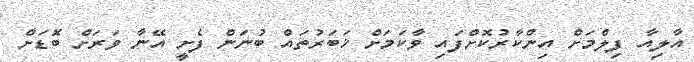
އާލިއާ ފިލްމަށް އިންކާރުކޮށްފައި ވާކަމަށް ޚަބަރުތައް ބުނަން ފެށީ އޭނާ ވަރަށް ބޮޑަށް